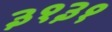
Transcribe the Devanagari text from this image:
३१३१